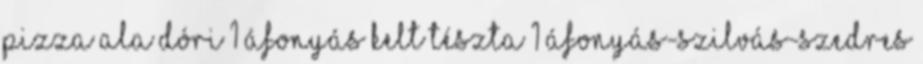
pizza ala Dóri 1 Áfonyás kelt tészta 1 Áfonyás-szilvás-szedres